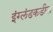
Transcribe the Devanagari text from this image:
इंग्लंडकडील